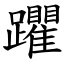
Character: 躣